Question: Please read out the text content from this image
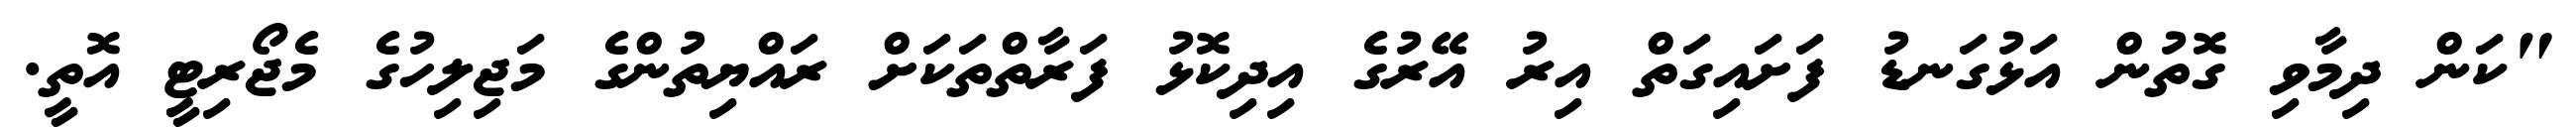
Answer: "ކަން ދިމާވި ގޮތުން އަޅުގަނޑު ފަށައިގަތް އިރު އޭރުގެ އިދިކޮޅު ފަރާތްތަކަށް ރައްޔިތުންގެ މަޖިލިހުގެ މެޖޯރިޓީ އޮތީ.